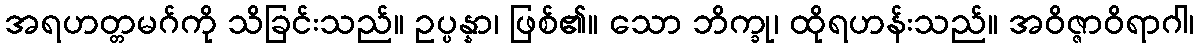
အရဟတ္တမဂ်ကို သိခြင်းသည်။ ဥပ္ပန္နာ၊ ဖြစ်၏။ သော ဘိက္ခု၊ ထိုရဟန်းသည်။ အဝိဇ္ဇာဝိရာဂါ၊